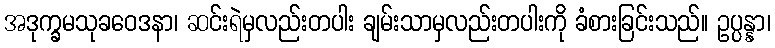
အဒုက္ခမသုခဝေဒနာ၊ ဆင်းရဲမှလည်းတပါး ချမ်းသာမှလည်းတပါးကို ခံစားခြင်းသည်။ ဥပ္ပန္နာ၊